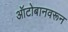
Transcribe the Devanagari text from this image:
ऑटोबानवरून